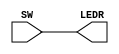
module lab1_1(SW, LEDR);
	input [17:0] SW;
	output [17:0] LEDR;
	assign LEDR = SW;
endmodule